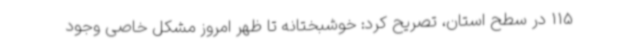
115 در سطح استان، تصریح کرد: خوشبختانه تا ظهر امروز مشکل خاصی وجود